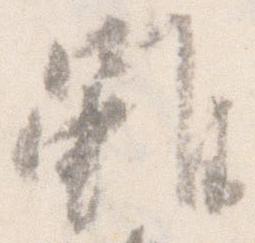
雖